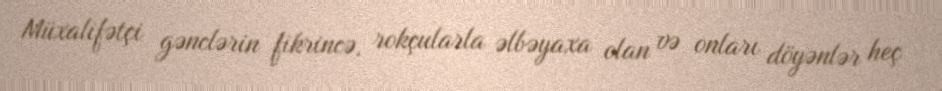
Müxalifətçi gənclərin fikrincə, rokçularla əlbəyaxa olan və onları döyənlər heç